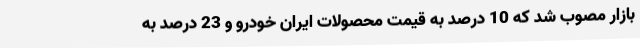
بازار مصوب شد که 10 درصد به قیمت محصولات ایران خودرو و 23 درصد به